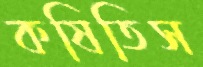
কষিতিস